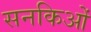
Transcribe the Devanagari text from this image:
सनकिओं